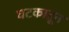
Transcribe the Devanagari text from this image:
घटकातून